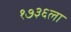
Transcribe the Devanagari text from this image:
१७३६ला